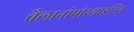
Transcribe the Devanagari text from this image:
बैलानोपोस्थाइटिस